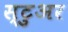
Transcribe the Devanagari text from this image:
स्टुअर